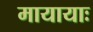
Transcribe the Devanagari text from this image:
मायायाः